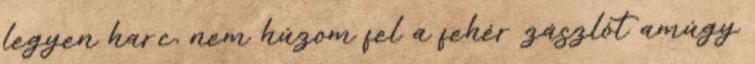
legyen harc, nem húzom fel a fehér zászlót amúgy